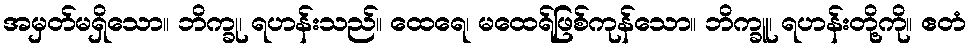
အမှတ်မရှိသော။ ဘိက္ခု၊ ရဟန်းသည်။ ထေရေ၊ မထေရ်ဖြစ်ကုန်သော။ ဘိက္ခူ၊ ရဟန်းတို့ကို။ ဧတံ